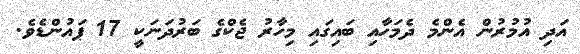
އަދި އުމުރުން އެންމެ ދެމަހާއި ބައިގައި މިހާރު ޖެކްގެ ބަރުދަނަކީ 17 ޕައުންޑެވެ.